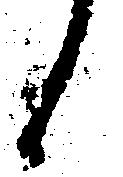
々